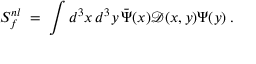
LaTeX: S _ { f } ^ { n l } \; = \; \int d ^ { 3 } x \, d ^ { 3 } y \, \bar { \Psi } ( x ) \mathcal { D } ( x , y ) \Psi ( y ) \; .